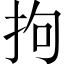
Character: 拘